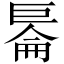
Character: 𱜙